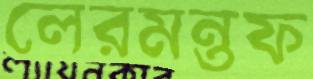
লেরমন্তফ